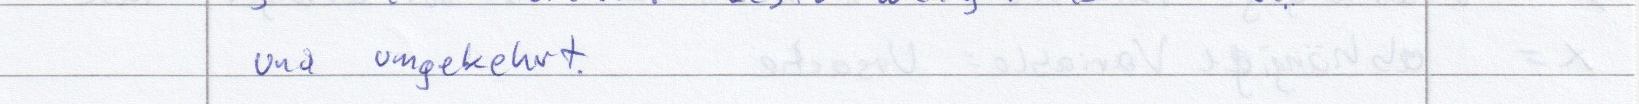
und umgekehrt